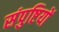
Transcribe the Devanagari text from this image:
संपुष्टियों